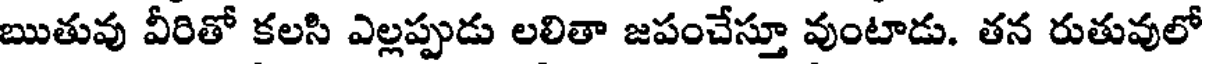
ఋతువు వీరితో కలసి ఎల్లప్పుడు లలితా జపంచేస్తూ వుంటాడు. తన రుతువులో